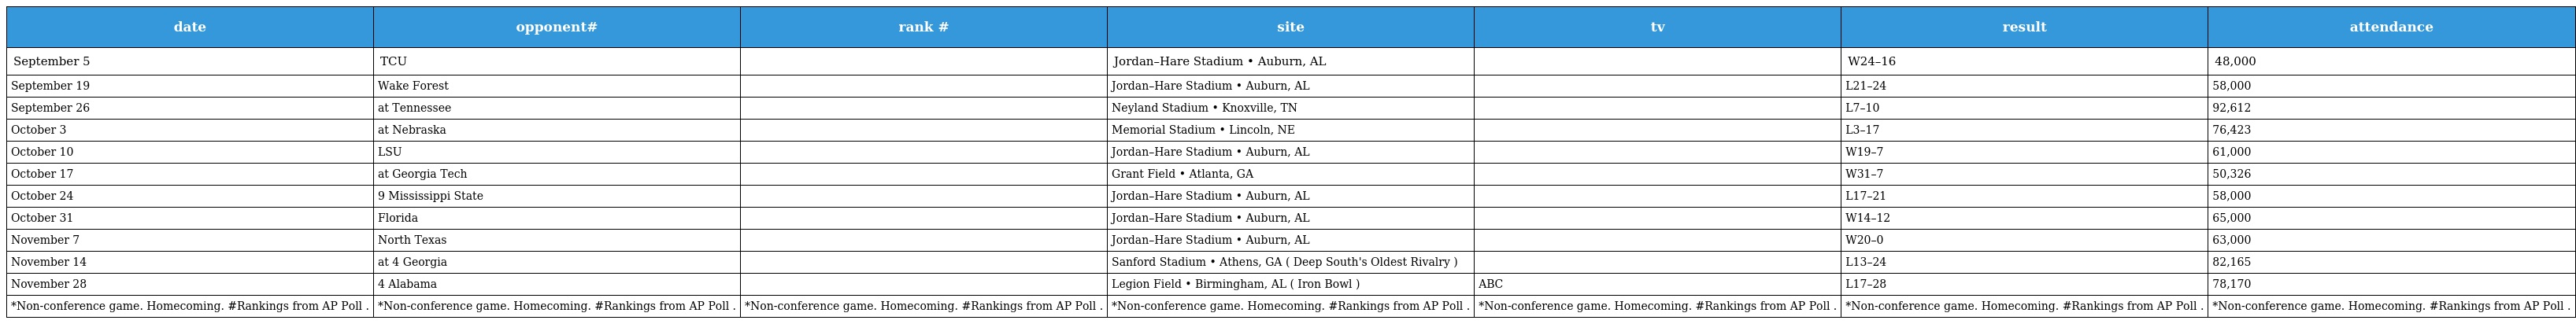
| date | opponent# | rank # | site | tv | result | attendance |
 | --- | --- | --- | --- | --- | --- | --- |
 | September 5 | TCU |  | Jordan–Hare Stadium • Auburn, AL |  | W24–16 | 48,000 |
 | September 19 | Wake Forest |  | Jordan–Hare Stadium • Auburn, AL |  | L21–24 | 58,000 |
 | September 26 | at Tennessee |  | Neyland Stadium • Knoxville, TN |  | L7–10 | 92,612 |
 | October 3 | at Nebraska |  | Memorial Stadium • Lincoln, NE |  | L3–17 | 76,423 |
 | October 10 | LSU |  | Jordan–Hare Stadium • Auburn, AL |  | W19–7 | 61,000 |
 | October 17 | at Georgia Tech |  | Grant Field • Atlanta, GA |  | W31–7 | 50,326 |
 | October 24 | 9 Mississippi State |  | Jordan–Hare Stadium • Auburn, AL |  | L17–21 | 58,000 |
 | October 31 | Florida |  | Jordan–Hare Stadium • Auburn, AL |  | W14–12 | 65,000 |
 | November 7 | North Texas |  | Jordan–Hare Stadium • Auburn, AL |  | W20–0 | 63,000 |
 | November 14 | at 4 Georgia |  | Sanford Stadium • Athens, GA ( Deep South's Oldest Rivalry ) |  | L13–24 | 82,165 |
 | November 28 | 4 Alabama |  | Legion Field • Birmingham, AL ( Iron Bowl ) | ABC | L17–28 | 78,170 |
 | *Non-conference game. Homecoming. #Rankings from AP Poll . | *Non-conference game. Homecoming. #Rankings from AP Poll . | *Non-conference game. Homecoming. #Rankings from AP Poll . | *Non-conference game. Homecoming. #Rankings from AP Poll . | *Non-conference game. Homecoming. #Rankings from AP Poll . | *Non-conference game. Homecoming. #Rankings from AP Poll . | *Non-conference game. Homecoming. #Rankings from AP Poll . |